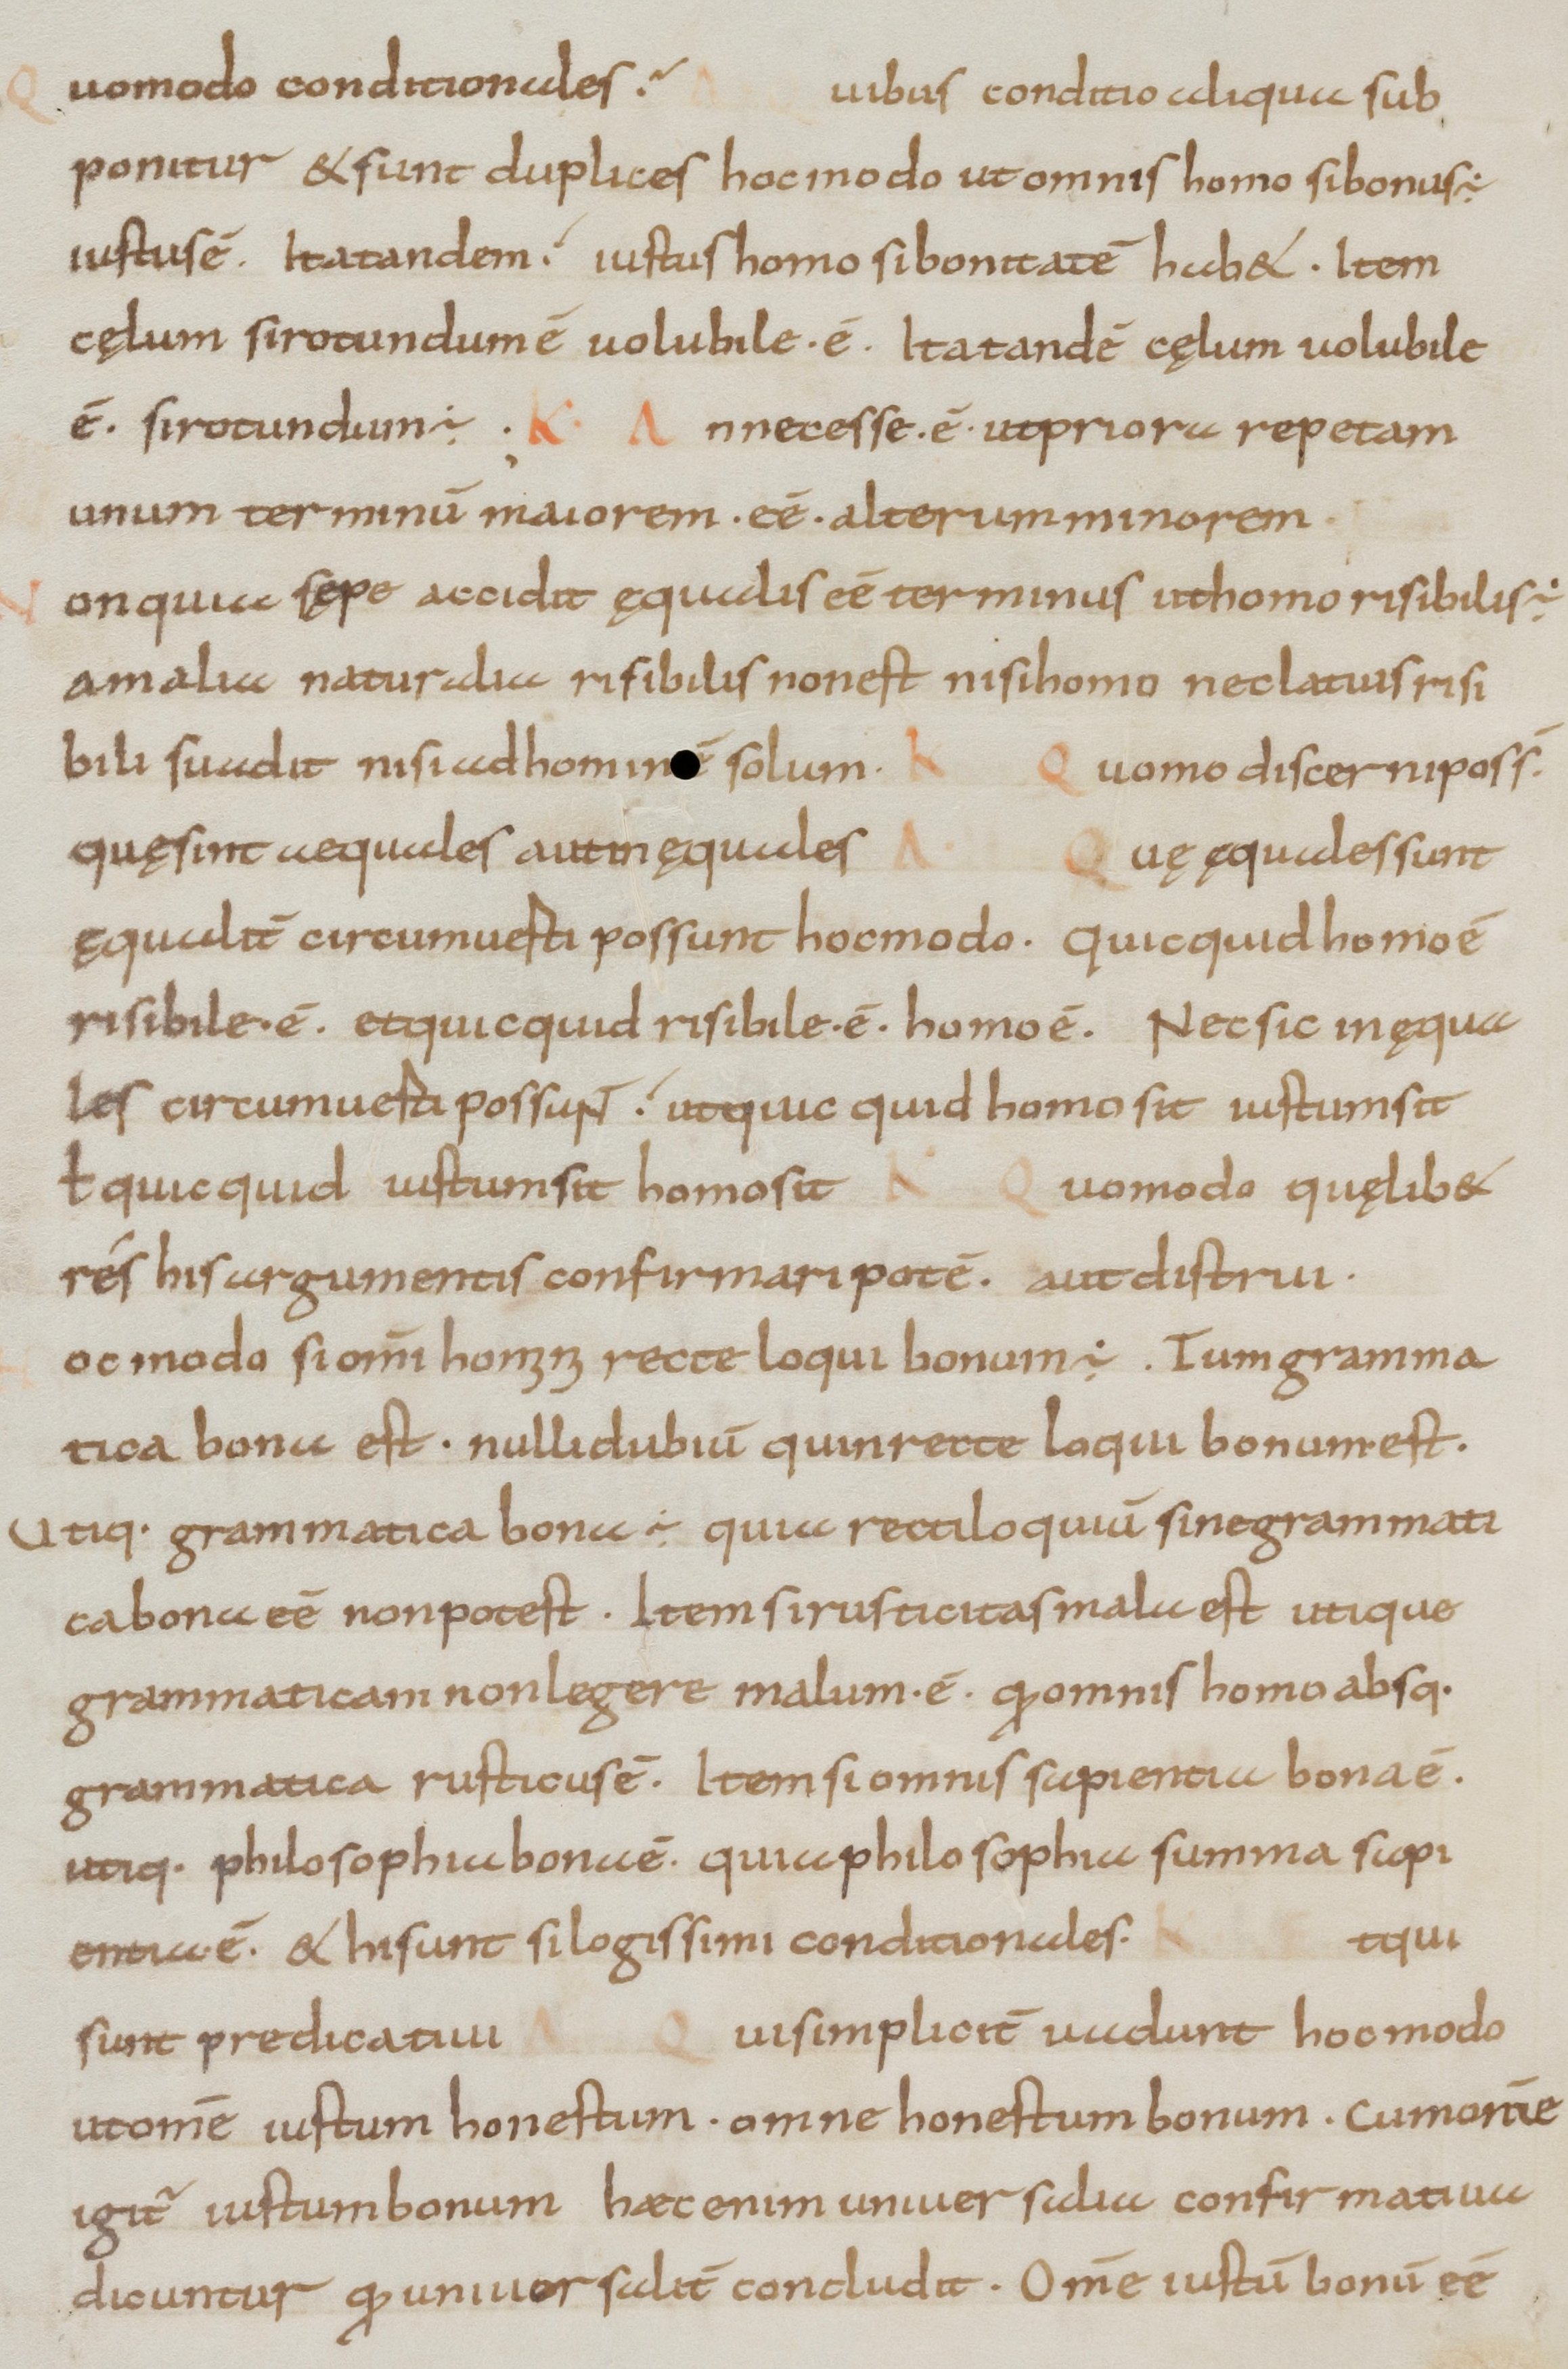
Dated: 800–899